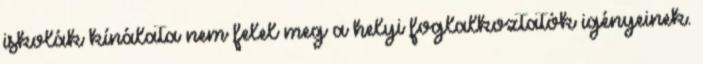
iskolák kínálata nem felel meg a helyi foglalkoztatók igényeinek.